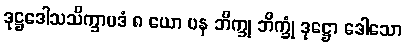
ဒုဋ္ဌဒေါသသိက္ခာပဒံ ၈ ယော ပန ဘိက္ခု ဘိက္ခုံ ဒုဋ္ဌော ဒေါသော